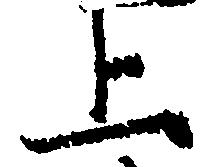
上